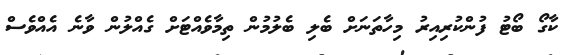
ކާގޯ ބޯޓު ފުންކުރިއިރު މިހާތަނަށް ބެލި ބެލުމުން ތިމާވެއްޓަށް ގެއްލުން ވާނެ އެއްވެސް